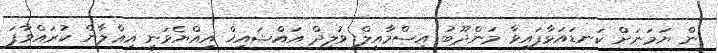
ން ޔަަމަނަށް ކަނޑައަޅާފައިވާ މަންދޫބު އިސްމާއީލް ވުލިދް އައްޝައިޚް އިއްޔެވަނީ އިޢްލާން ކުރައްވާފަ